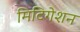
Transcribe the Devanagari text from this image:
मिटिगेशन